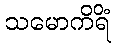
သမောကိရိံ